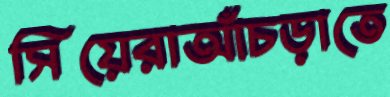
সিয়েরাআঁচড়াতে